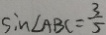
\sin \angle A B C = \frac { 3 } { 5 }